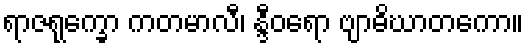
ရာဇရုက္ခော ကတမာလီ၊ န္ဒီဝရော ဗျာဓိဃာတကော။